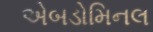
એબડોમિનલ